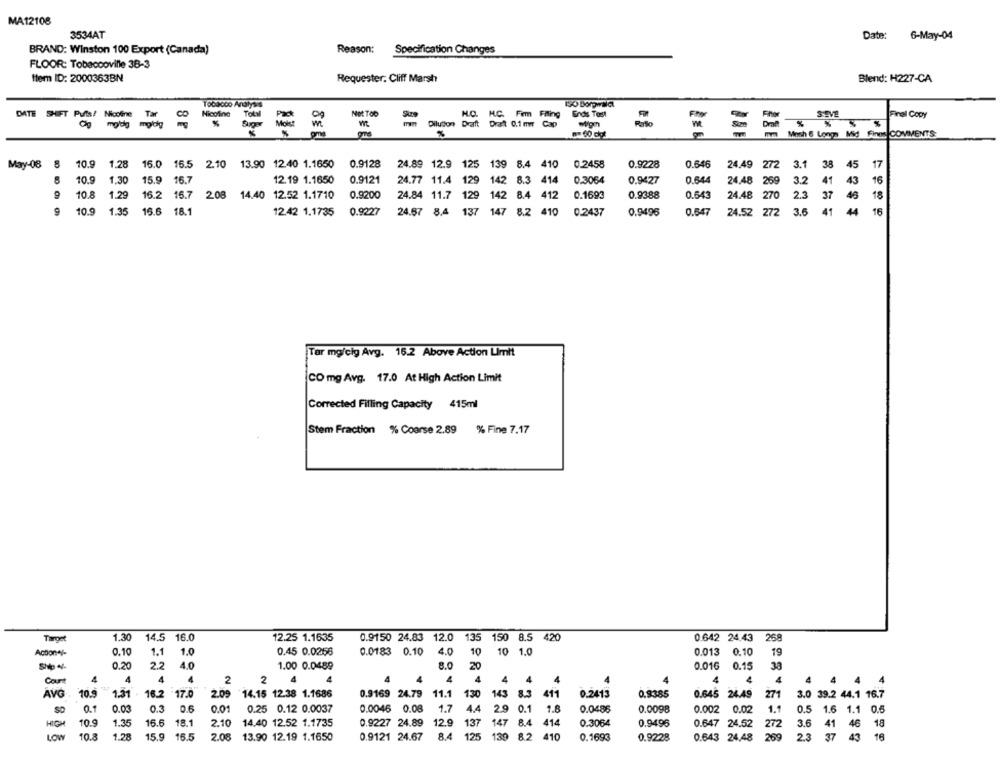
MA12108
3534AT
Date: 6-May-04
BRAND: Winston 100 Export (Canada)
Reason:
Specification Changes
FLOOR: Tobaccoville 38-3
Item ID: 2000363BN
Requester. Cliff Marsh
Blend: H227-CA
To63000 Analysis
150 Borgwäldl
DATE SHIFT Puffs! Nicoline Tar
Nicoline
Total
Pack
Not TOO
H.O. H.C. Fem Filing
End Tost
Final Copy
Mols!
modg mpdig
Dilution Draft Drat 0.1 mm Cap
%
Mosh & Longs Mid Fines COMMENTS
May-08
10.9
1.28
16.0 15.5 2.10 13.90 12.40 1.1650
0.9128
24.89 12.9 125
139 8.4 410
0.2458
0.9228
0.646
24.49
272
3.1
38
45
17
10.9
1.30
15.9
16.7
12.19 1.1650
0.9121
24.77 11.4 129
142 8.3
414
0.3064
0.9427
0.644
24,48 2
3.2
41
43
16
10.8
1.29
16.2
16.7
208
14.40 12.52 1.1710
0.9200
24.84 11.7 129
142 8.4 412
0.1693
0.9388
0.643
24.48 270
2.3
37
18
10.9
1.35
16.6 18.1
12.42 1.1735
0.9227
24.67 8.4 137
147 8,2 410
0.2437
0.9496
0.547
24.52 272 3.6
41
4
16
Tar mg/cig Avg. 16.2 Above Action Limit
CO mg Avg. 17.0 At High Action Limit
Corrected Filling Capacity 415ml
Stem Fraction % Coarse 2.89 % Fine 7.17
Target
1.30
14.5 16.0
12.25 1.1635
0.9150 24.83 12.0
135
150 8.5
420
0.642 24.43
268
Action+/-
0.10
1.1
1.0
0.45 0.0258
0.0183 0.10
4.0
10
10 1.0
0.013
0.10
19
2.2
0.20
4.0
1.00 0.0489
8.0
20
0.016
0.15
33
Care
4
4
1
2
2
4
4
4
4
4
4
4
4
4
4
4
4
4
4
4
4 4
4
AVG
10.9
1.31
16.2
17.0
2.09
14.15 12.38 1.1686
0.9169 24.79
11.1
130
143
8.3
411
0.2413
0.9385
0.645 24.49
271
3.0 39.2 44.1 16.7
0.9
0.03
0.3
0.01
0.25 0.12 0.0037
0.0046 0.08
1.7
4.4
2.9
0.1
1.8
0.0486
0.0098
0.002 0.02
1.1
0.5 1.6 1.1 0.5
10.9
1.35
16.6
18.1
2.10
14.40 12.52 1.1735
0.9227 24.89
12.9
137
147
414
0.3064
0.9495
0.647 24.52
272
3.6
414
5 1
LOW
10.8
1.28
15.9
16.5
2.08
13.90 12.19 1.1650
0.9121 24.67
8.4
125
139
8.2
410
0.1693
0.9228
0.643 24,48
289
2.3
37
43
18